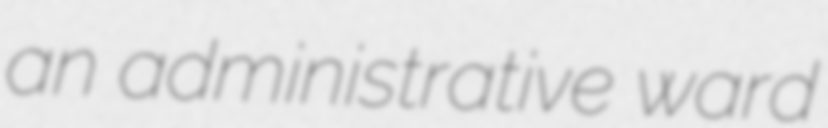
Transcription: an administrative ward